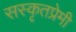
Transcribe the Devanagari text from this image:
सस्कृतप्रेमी